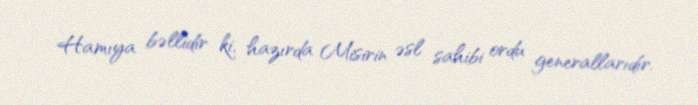
Hamıya bəllidir ki, hazırda Misirin əsl sahibi ordu generallarıdır.